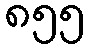
၈၅၅